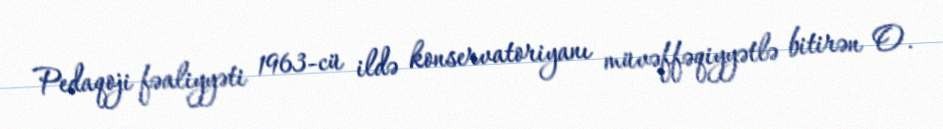
Pedaqoji fəaliyyəti 1963-cü ildə konservatoriyanı müvəffəqiyyətlə bitirən O.